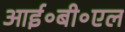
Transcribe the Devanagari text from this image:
आई॰बी॰एल